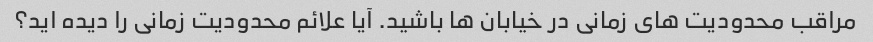
مراقب محدودیت های زمانی در خیابان ها باشید. آیا علائم محدودیت زمانی را دیده اید؟